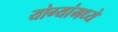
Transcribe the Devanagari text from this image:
योग्यांमध्ये